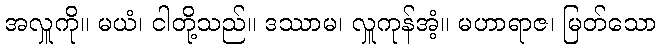
အလှူကို။ မယံ၊ ငါတို့သည်။ ဒဿာမ၊ လှူကုန်အံ့။ မဟာရာဇ၊ မြတ်သော